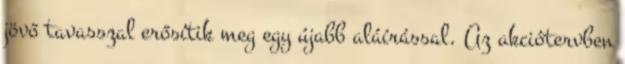
jövő tavasszal erősítik meg egy újabb aláírással. Az akciótervben